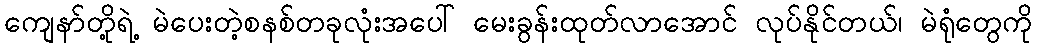
ကျေနာ်တို့ရဲ့ မဲပေးတဲ့စနစ်တခုလုံးအပေါ် မေးခွန်းထုတ်လာအောင် လုပ်နိုင်တယ်၊ မဲရုံတွေကို